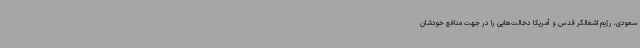
سعودی، رژیم اشغالگر قدس و آمریکا دخالت‌هایی را در جهت منافع خودشان